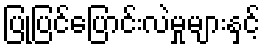
ပြုပြင်ပြောင်းလဲမှုများနှင့်